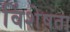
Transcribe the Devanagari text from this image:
विंशेषता